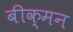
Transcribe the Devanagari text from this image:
बीक्मन